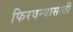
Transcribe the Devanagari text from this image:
फिरवन्यासाठी